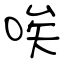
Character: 唉